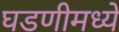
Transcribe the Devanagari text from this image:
घडणीमध्ये